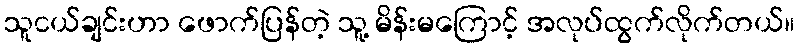
သူငယ်ချင်းဟာ ဖောက်ပြန်တဲ့ သူ့ မိန်းမကြောင့် အလုပ်ထွက်လိုက်တယ်။